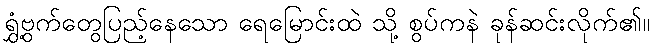
ရွှံ့ဗွက်တွေပြည့်နေသော ရေမြောင်းထဲ သို့ စွပ်ကနဲ ခုန်ဆင်းလိုက်၏။